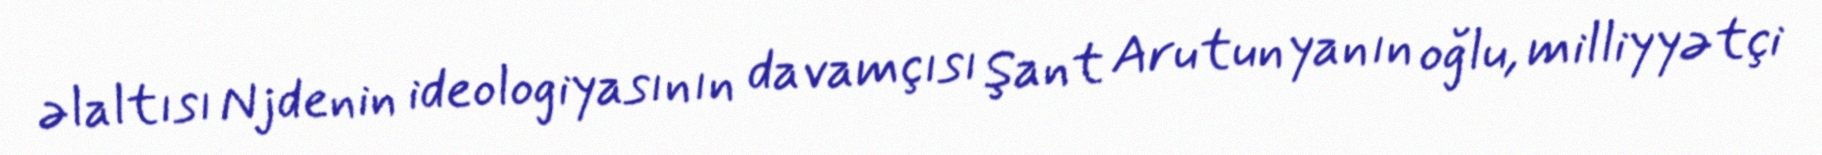
əlaltısı Njdenin ideologiyasının davamçısı Şant Arutunyanın oğlu, milliyyətçi